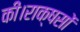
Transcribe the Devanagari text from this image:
की।राक्षसों